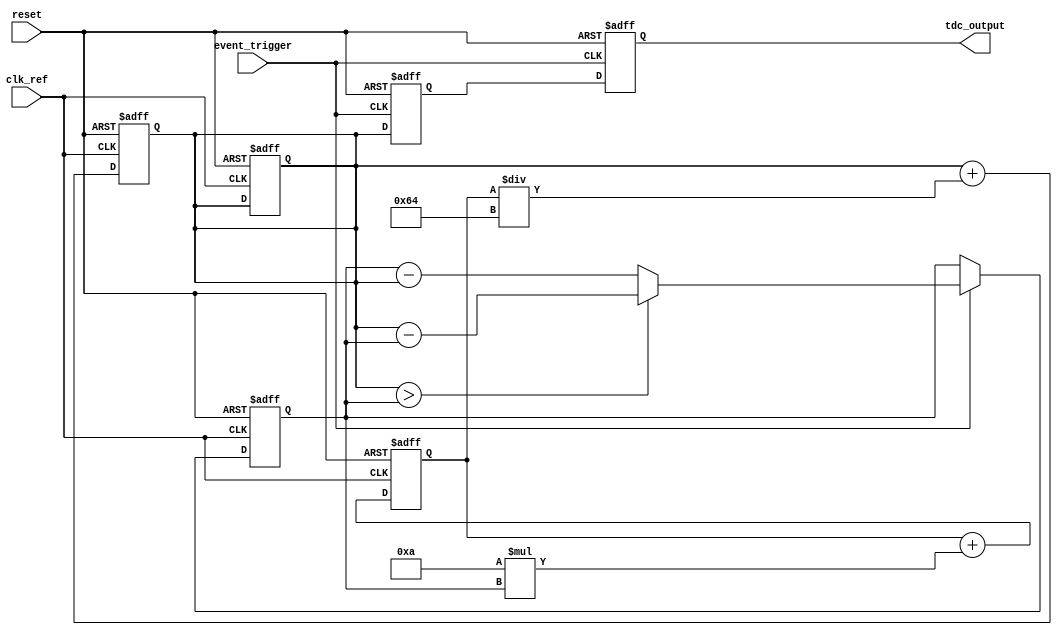
module TDC_PLL (
    input wire clk_ref,          // Reference clock
    input wire event_trigger,    // Event to measure
    input wire reset,            // Reset signal
    output reg [15:0] tdc_output // 16-bit time measurement output
);

    // Internal signals
    reg [15:0] vco_count;         // VCO output count
    reg [15:0] phase_error;       // Phase error signal
    reg [15:0] control_voltage;    // Control voltage for VCO
    reg [15:0] sampling_register;  // Register to store the sampled time
    
    // PLL Configuration
    parameter VCO_GAIN = 16'd100; // VCO gain (Scale for control voltage)
    parameter LF_GAIN = 16'd10;    // Loop Filter gain

    // Phase Detector Logic
    always @(posedge clk_ref or posedge reset) begin
        if (reset) begin
            phase_error <= 16'd0;
            vco_count <= 16'd0;
        end else begin
            // Comparing the phase of event_trigger and vco output
            if (event_trigger) begin
                phase_error <= (vco_count > phase_error) ? (vco_count - phase_error) : (phase_error - vco_count);
            end
        end
    end

    // Loop Filter (simple proportional control)
    always @(posedge clk_ref or posedge reset) begin
        if (reset) begin
            control_voltage <= 16'd0;
        end else begin
            control_voltage <= control_voltage + (LF_GAIN * phase_error);
        end
    end

    // Voltage Controlled Oscillator (VCO)
    always @(posedge clk_ref or posedge reset) begin
        if (reset) begin
            vco_count <= 16'd0; // Reset VCO count
        end else begin
            // Simplified VCO just counts based on control voltage
            vco_count <= vco_count + (control_voltage / VCO_GAIN);
        end
    end

    // Sampling Mechanism
    always @(posedge event_trigger or posedge reset) begin
        if (reset) begin
            sampling_register <= 16'd0; // Clear the register
        end else begin
            sampling_register <= vco_count; // Sample VCO count at event
        end
    end

    // Output Generation
    always @(posedge reset or posedge event_trigger) begin
        if (reset) begin
            tdc_output <= 16'd0; // Reset output
        end else begin
            tdc_output <= sampling_register; // Output the captured time
        end
    end

endmodule